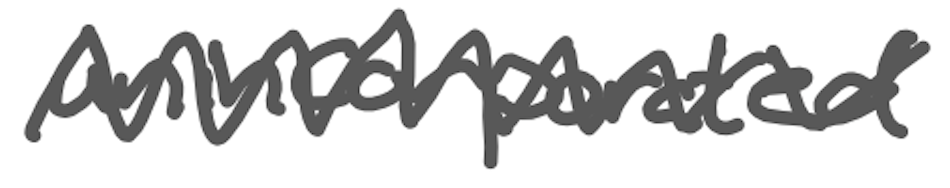
Text: unincorporated
Cross-out: zig-zag
Writing tool: digital_gray